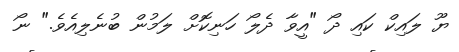
ޔޫ ލައިކް ކައި ދޯ "އީވާ ދެލޯ ހަނިކޮށް ލަމުން ބުނެލިއެވެ." ނޯ